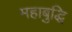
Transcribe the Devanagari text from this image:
महाबुद्धि